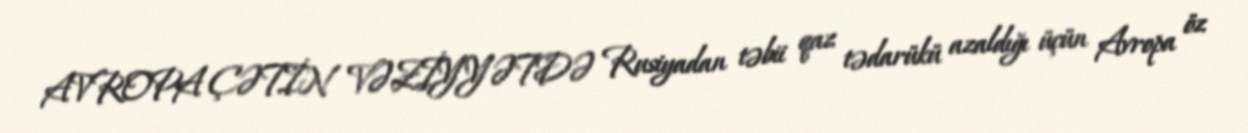
AVROPA ÇƏTİN VƏZİYYƏTDƏ Rusiyadan təbii qaz tədarükü azaldığı üçün Avropa öz